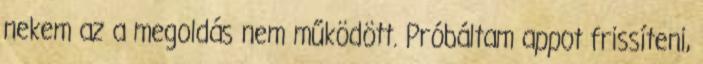
nekem az a megoldás nem működött. Próbáltam appot frissíteni,